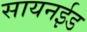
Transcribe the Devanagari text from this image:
सायनईड